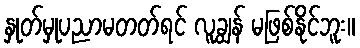
နှုတ်မှုပညာမတတ်ရင် လူချွန် မဖြစ်နိုင်ဘူး။